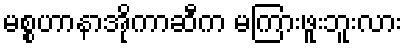
မစ္စဟာနာအိုကာဆီက မကြားဖူးဘူးလား